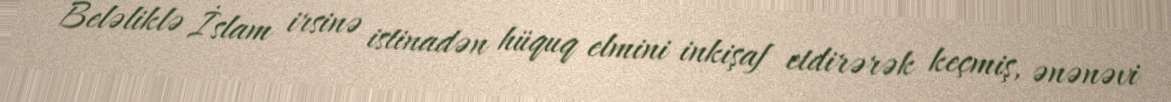
Beləliklə İslam irsinə istinadən hüquq elmini inkişaf etdirərək keçmiş, ənənəvi